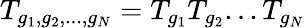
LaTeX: T_{g_{1},g_{2},...,g_{N}}=T_{g_{1}}T_{g_{2}}...T_{g_{N}}